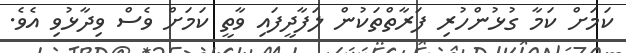
ކަމަށް ކަމާ ގުޅުންހުރި ފަރާތްތަކުން ލަފާދީފައި ވާތީ ކަމަށް ވެސް ވިދާޅުވި އެވެ.